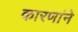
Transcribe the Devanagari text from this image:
कारणांने